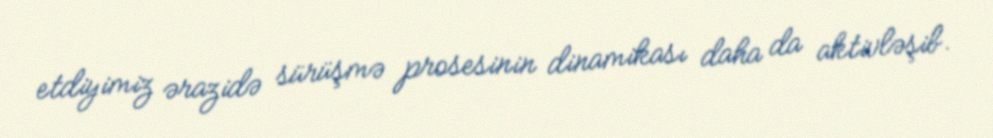
etdiyimiz ərazidə sürüşmə prosesinin dinamikası daha da aktivləşib.